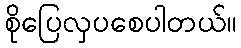
စိုပြေလှပစေပါတယ်။